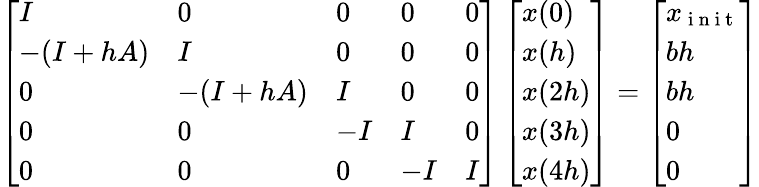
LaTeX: \left[\begin{array}{lllll}{I}&{0}&{0}&{0}&{0}\\ {-(I+hA)}&{I}&{0}&{0}&{0}\\ {0}&{-(I+hA)}&{I}&{0}&{0}\\ {0}&{0}&{-I}&{I}&{0}\\ {0}&{0}&{0}&{-I}&{I}\end{array}\right]\left[\begin{array}{l}{x(0)}\\ {x(h)}\\ {x(2h)}\\ {x(3h)}\\ {x(4h)}\end{array}\right]=\left[\begin{array}{l}{x_{\mathrm{~i~n~i~t~}}}\\ {bh}\\ {bh}\\ {0}\\ {0}\end{array}\right]